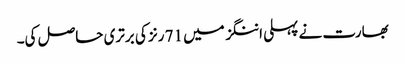
بھارت نے پہلی اننگز میں 71 رنز کی برتری حاصل کی۔